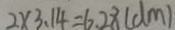
2 \times 3 . 1 4 = 6 . 2 8 ( d m )